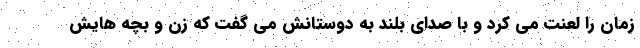
زمان را لعنت می کرد و با صدای بلند به دوستانش می گفت که زن و بچه هایش